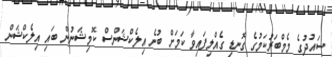
ސައުދުގެ މެމްބަރުކަމުގެ ގޮނޑި ގެއްލިފައިވާ ކަމަށް ބުނެ އިލެކްޝަންސް ކޮމިޝަނުން ބައި އިލެކްޝަން